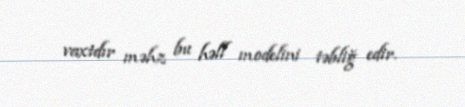
vaxtdır məhz bu həll modelini təbliğ edir.